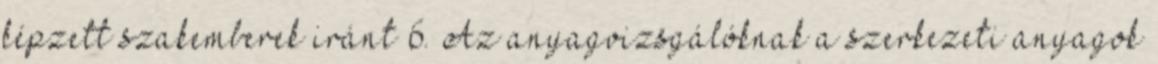
képzett szakemberek iránt 6. Az anyagvizsgálóknak a szerkezeti anyagok